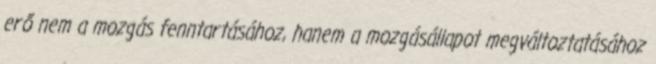
erő nem a mozgás fenntartásához, hanem a mozgásállapot megváltoztatásához